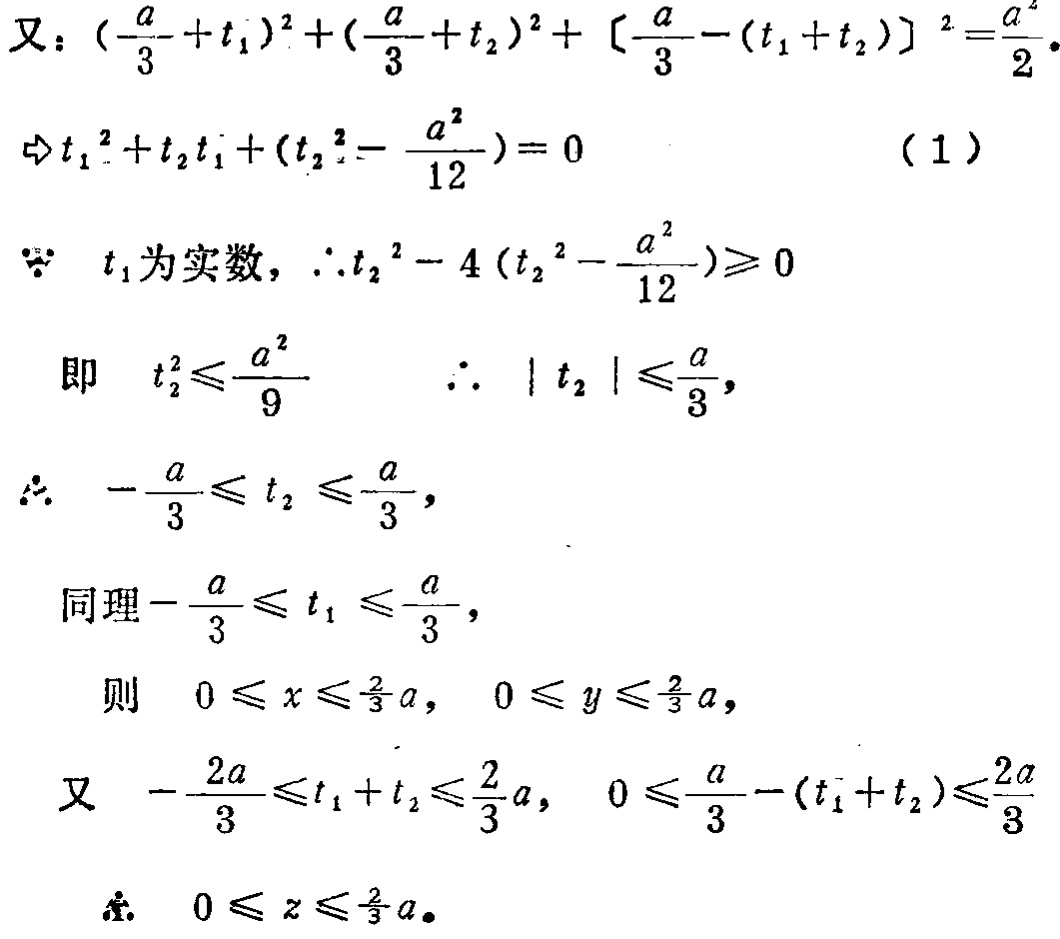
又：\((\frac{a}{3}+t_1)^2 + (\frac{a}{3}+t_2)^2 + [\frac{a}{3}-(t_1 + t_2)]^2=\frac{a^2}{2}\)。

\(\Leftrightarrow t_1^2 + t_2t_1+(t_2^2-\frac{a^2}{12}) = 0\) （1）

\(\because\) \(t_1\)为实数，\(\therefore t_2^2 - 4(t_2^2-\frac{a^2}{12})\geq0\)

即 \(t_2^2\leq\frac{a^2}{9}\)  \(\therefore\) \(|t_2|\leq\frac{a}{3}\)，

\(\therefore\) \(-\frac{a}{3}\leq t_2\leq\frac{a}{3}\)，

同理\(-\frac{a}{3}\leq t_1\leq\frac{a}{3}\)，

则 \(0\leq x\leq\frac{2}{3}a\)， \(0\leq y\leq\frac{2}{3}a\)，

又 \(-\frac{2a}{3}\leq t_1 + t_2\leq\frac{2a}{3}\)， \(0\leq\frac{a}{3}-(t_1 + t_2)\leq\frac{2a}{3}\)

\(\therefore\) \(0\leq z\leq\frac{2}{3}a\)。